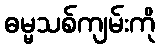
ဓမ္မသစ်ကျမ်းကို